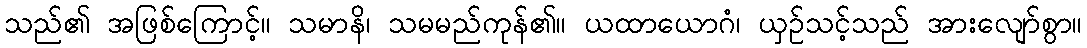
သည်၏ အဖြစ်ကြောင့်။ သမာနိ၊ သမမည်ကုန်၏။ ယထာယောဂံ၊ ယှဉ်သင့်သည် အားလျော်စွာ။